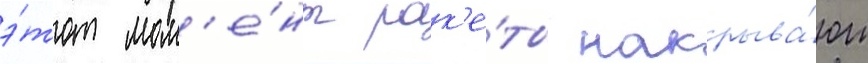
э́тот мом'е́нт рак'е́ты накрыва́ют